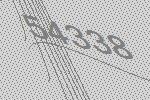
54338